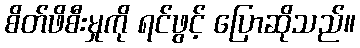
စိတ်ဖိစီးမှုကို ရင်ဖွင့် ပြောဆိုသည်။